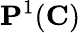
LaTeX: \mathbf{P}^{1}(\mathbf{C})